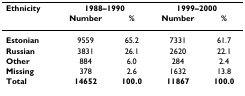
<table><thead><tr><td><b>Ethnicity</b></td><td colspan="2"><b>1988–1990</b></td><td colspan="2"><b>1999–2000</b></td></tr><tr><td>[EMPTY_CELL]</td><td><b>Number</b></td><td><b>%</b></td><td><b>Number</b></td><td><b>%</b></td></tr></thead><tbody><tr><td><b>Estonian</b></td><td>9559</td><td>65.2</td><td>7331</td><td>61.7</td></tr><tr><td><b>Russian</b></td><td>3831</td><td>26.1</td><td>2620</td><td>22.1</td></tr><tr><td><b>Other</b></td><td>884</td><td>6.0</td><td>284</td><td>2.4</td></tr><tr><td><b>Missing</b></td><td>378</td><td>2.6</td><td>1632</td><td>13.8</td></tr><tr><td><b>Total</b></td><td><b>14652</b></td><td><b>100.0</b></td><td><b>11867</b></td><td><b>100.0</b></td></tr></tbody></table>